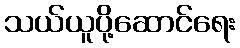
သယ်ယူပို့ဆောင်ရေး